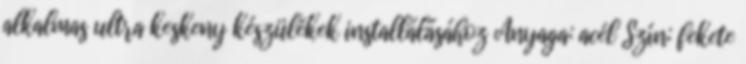
alkalmas ultra keskeny készülékek installálásához Anyaga: acél Szín: fekete